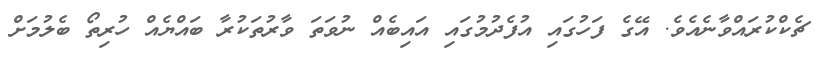
ޗެކްކުރައްވާނެއެވެ. އޭގެ ފަހުގައި އުފެދުމުގައި އައިބެއް ނުވަތަ ވާރުތަކުރާ ބައްޔެއް ހުރިތޯ ބެލުމަށް